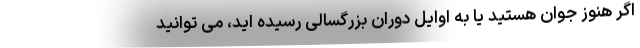
اگر هنوز جوان هستید یا به اوایل دوران بزرگسالی رسیده اید، می توانید